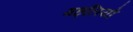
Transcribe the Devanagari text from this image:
मछ्लियो